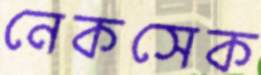
নেকসেক